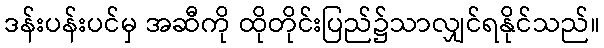
ဒန်းပန်းပင်မှ အဆီကို ထိုတိုင်းပြည်၌သာလျှင်ရနိုင်သည်။